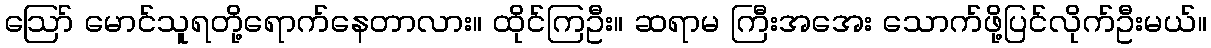
ဪ မောင်သူရတို့ရောက်နေတာလား။ ထိုင်ကြဦး။ ဆရာမ ကြီးအအေး သောက်ဖို့ပြင်လိုက်ဦးမယ်။